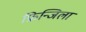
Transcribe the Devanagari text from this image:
फ्रिन्जिला